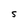
Character: S